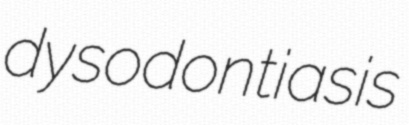
dysodontiasis